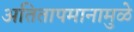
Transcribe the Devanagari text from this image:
अतितापमानामुळे